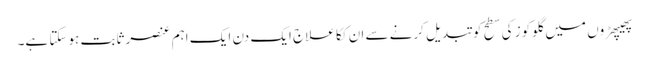
پھیپھڑوں میں گلوکوز کی سطح کو تبدیل کرنے سے ان ککا علاج ایک دن ایک اہم عنصر ثابت ہوسکتا ہے۔